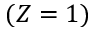
( Z = 1 )